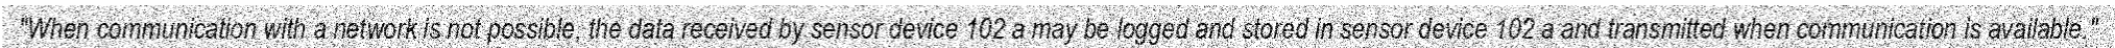
"When communication with a network is not possible, the data received by sensor device 102 a may be logged and stored in sensor device 102 a and transmitted when communication is available."